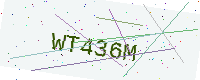
Text: WT436M